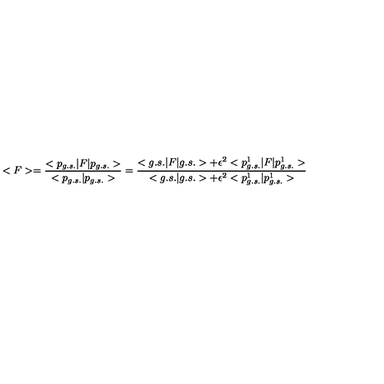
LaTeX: < F > = \frac { < p _ { g . s . } | F | p _ { g . s . } > } { < p _ { g . s . } | p _ { g . s . } > } = \frac { < g . s . | F | g . s . > + \epsilon ^ { 2 } < p _ { g . s . } ^ { 1 } | F | p _ { g . s . } ^ { 1 } > } { < g . s . | g . s . > + \epsilon ^ { 2 } < p _ { g . s . } ^ { 1 } | p _ { g . s . } ^ { 1 } > }